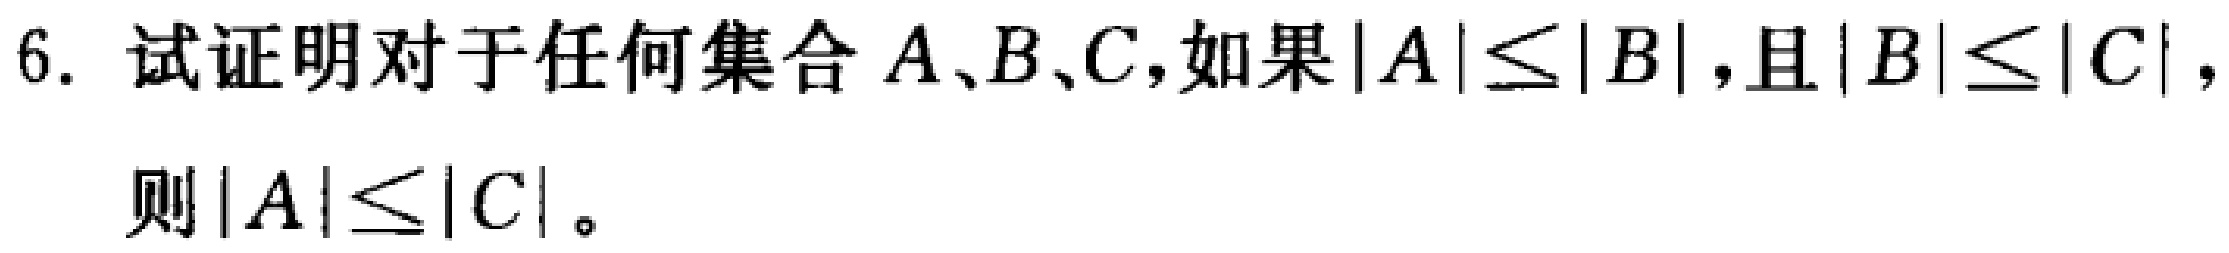
6. 试证明对于任何集合 \(A、B、C\)，如果 \(|A|\leq|B|\)，且 \(|B|\leq|C|\)，则 \(|A|\leq|C|\)。